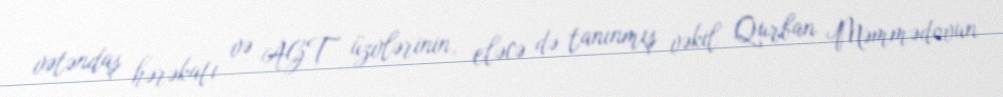
vətəndaş hərəkatı və AGT üzvlərinin, eləcə də tanınmış vəkil Qurban Məmmədovun